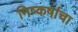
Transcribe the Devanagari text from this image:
निष्कर्षाचा